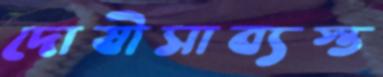
দোষীসাব্যস্ত